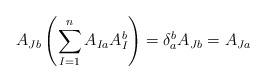
LaTeX: \begin{align*}A_{Jb} \left(\sum_{I=1}^{n}A_{Ia}A^{b}_{I} \right ) = \delta^{b}_{a} A_{Jb} = A_{Ja}\end{align*}